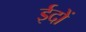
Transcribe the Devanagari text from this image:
ईदों